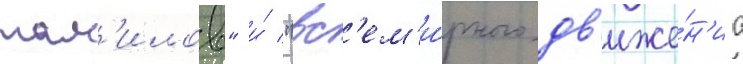
там'илов" и́ "вс'ем'и́рного дв'иже́н'иа